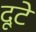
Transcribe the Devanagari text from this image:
दूटे